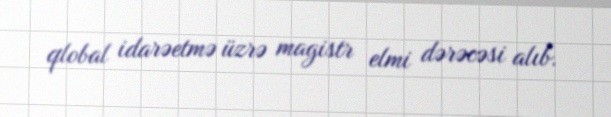
qlobal idarəetmə üzrə magistr elmi dərəcəsi alıb.